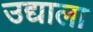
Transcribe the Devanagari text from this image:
उद्याला